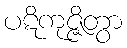
ပဋိကုဇ္ဇိတွာ